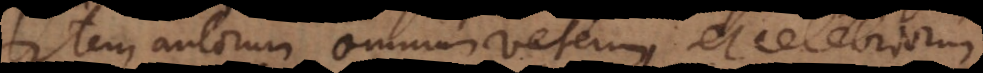
Item autorum omnium veterum, et celebriorum